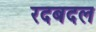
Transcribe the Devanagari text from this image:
रदबदल